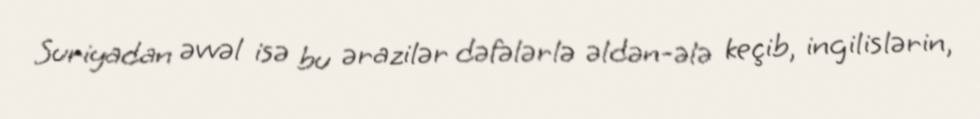
Suriyadan əvvəl isə bu ərazilər dəfələrlə əldən-ələ keçib, ingilislərin,